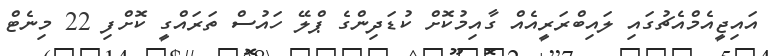
އައިޖީއެމްއެޗުގައި ލައިބްރަރީއެއް ގާއިމުކޮށް ކުޑަދިންގެ ޕްލޭ ހައުސް ތަރައްގީ ކޮށްފި 22 މިނެޓް